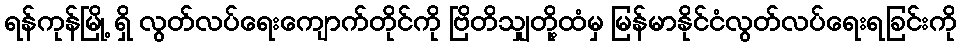
ရန်ကုန်မြို့ ရှိ လွတ်လပ်ရေးကျောက်တိုင်ကို ဗြိတိသျှတို့ထံမှ မြန်မာနိုင်ငံလွတ်လပ်ရေးရခြင်းကို